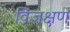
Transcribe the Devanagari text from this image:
विजक्षण